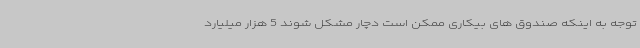
توجه به اینکه صندوق های بیکاری ممکن است دچار مشکل شوند 5 هزار میلیارد